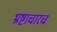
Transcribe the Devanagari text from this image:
भ्रष्टाचारच